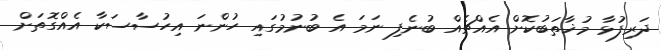
ދަރިފުޅާ މުޚާތަބުކޮށް އެއްޗެއް ބުނެފި ނަމަ އެ ބުނުމުގައި ހުންނަ އިހުސާސަކާ އެއްގޮތަށް